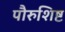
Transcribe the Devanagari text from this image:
पौरुशिष्ट